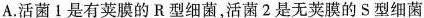
A.活菌Ⅰ是有荚膜的R型细菌，活菌2是无荚膜的S型细菌